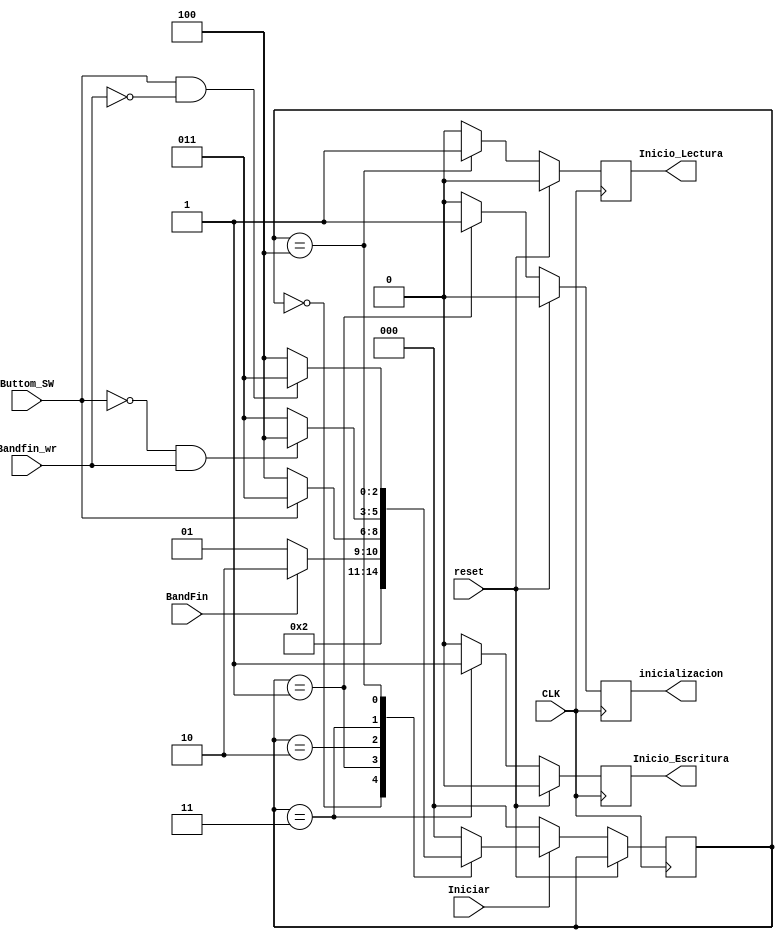
module FSM_GENERAL(
Iniciar, //Dar inicio al sistema
Inicio_Lectura,
Inicio_Escritura,
CLK,
BandFin,
Bandfin_wr,
reset,
Buttom_SW,
inicializacion
);
//input En; ///se puso un enable
input Iniciar;
input Buttom_SW;
input Bandfin_wr;
input BandFin;//Estara dada por el 
input CLK;
input reset;
output reg Inicio_Lectura;
output reg Inicio_Escritura;
//output reg Sel_Hora;//Habilitacion para contador de formato 12 o 24
output reg inicializacion; 


// Internal Variables
parameter  [2:0]   Inicio =  3'b000;
parameter [2:0] Inicializacion= 3'b0001;
parameter  [2:0]  Decide  =  3'b010;
parameter  [2:0]  ESCRITURA =3'b011;
parameter  [2:0]  LECTURA  =  3'b100;
reg [2:0] state, next_state;
reg c;

/*
always(posedge clk)begin
if(Buttom_SW == 1'b0 && Bandfin_wr==1) begin 
c=c+1;end if(c==20) 
end


*/
always @ (state or  Iniciar or Buttom_SW or BandFin or Bandfin_wr)//Buttom_RIGHT  or Buttom_LEFT  or BandFin or UP or DOWN)
begin  
  next_state = 0;
  if(Iniciar) begin
		  case(state)
			 Inicio : 
			 if (Iniciar == 1'b1) begin //coreccion de estado siguiente
				  next_state = Inicializacion;
					  end else begin
				  next_state= Inicio; end
				  
				  			
			 Inicializacion : 
						if (BandFin == 1'b1 ) begin
						  next_state = Decide;
							  end 
						else begin
						  next_state = Inicializacion; end
						
				Decide:  
						if (Buttom_SW == 1'b0) begin
								next_state = LECTURA;end
											
						else if(Buttom_SW == 1'b1) begin
										next_state = ESCRITURA; end 
						else 
								next_state = Decide;
			
						
				ESCRITURA:
							if(Buttom_SW == 1'b0 && Bandfin_wr==1) begin
								next_state = LECTURA;end//CAMBIO DE DECIDE
								
							else begin next_state = ESCRITURA;end
								
								
				LECTURA: 
							if(Buttom_SW == 1'b1 && Bandfin_wr==0) begin
								next_state = ESCRITURA; end
										
							else begin
								next_state = LECTURA; end
							
			default : next_state = Inicio; 
		  endcase 
		end
	else  next_state = Inicio; 
		
end
always @ (posedge CLK)
			begin : OUTPUT_LOGIC
			  if (reset) begin
				Inicio_Lectura <=1'b0;
				Inicio_Escritura <=1'b0;
				inicializacion <=1'b0;
			  end 
			  else begin
				 state <=  next_state;
				 case(state)
				Inicio : begin
							  inicializacion<=1'b0;//INICIALIZACION 
							   Inicio_Escritura <=1'b0;
								  	 Inicio_Lectura<=1'b0;	
									 
							end
				Inicializacion: begin
								inicializacion<=1'b1;//INICIALIZACION 
							   Inicio_Escritura <=1'b0;
								  	Inicio_Lectura<=1'b0;end	
					
								
				ESCRITURA : begin
								  Inicio_Escritura <=1'b1;///probando con 0 y lectura 1
								  	 Inicio_Lectura<=1'b0;							  
									inicializacion<=1'b0;
								  //state <= Inicio;

								end
								
				LECTURA : begin
									Inicio_Escritura <=1'b0;////probando con 1
								  	 Inicio_Lectura<=1'b1;							  
									inicializacion<=1'b0;
								  end
								  
				  default : begin
								 Inicio_Escritura <=1'b0;//
								  	 Inicio_Lectura<=1'b0;							  
									inicializacion<=1'b0;
								end
				 endcase
			  end
end

endmodule